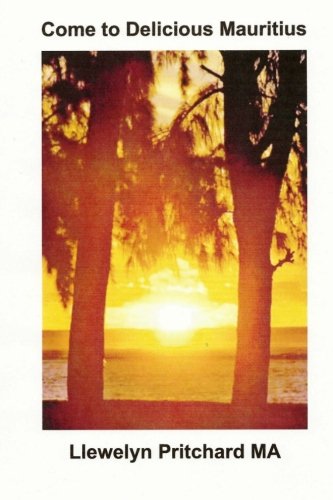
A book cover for Come to Delicious Mauritius: Relax and Unwind (Photo Albums); Llewelyn Pritchard MA; Travel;